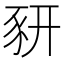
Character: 豜